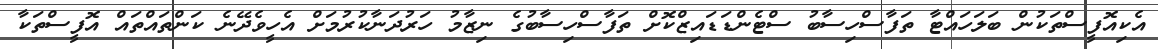
އެކިއޮފީސްތަކުން ބަލަހައްޓާ ތަފާސްހިސާބު ސްޓެންޑަޑައިޒްކޮށް ތަފާސްހިސާބުގެ ނިޒާމު ހަރުދަނާކުރުމަށް އެހީވެދޭނެ ކަންތައްތައް އޮފީސްތަކާ